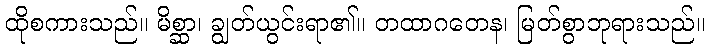
ထိုစကားသည်။ မိစ္ဆာ၊ ချွတ်ယွင်းရာ၏။ တထာဂတေန၊ မြတ်စွာဘုရားသည်။